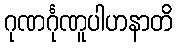
ဂုဏင်္ဂုဏူပါဟနာတိ